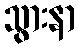
သွားနာ